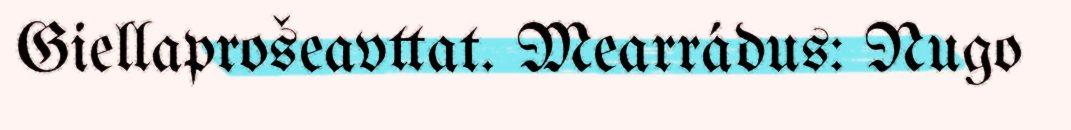
Giellaprošeavttat. Mearrádus: Nugo